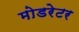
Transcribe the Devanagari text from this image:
मोडरेटर